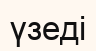
үзеді